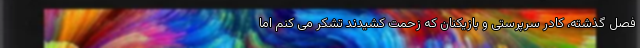
فصل گذشته، کادر سرپرستی و بازیکنان که زحمت کشیدند تشکر می کنم اما